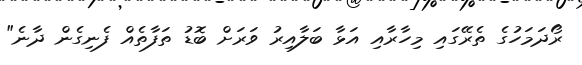
ރޯދަމަހުގެ ތެރޭގައި މިހާރާއި އަޅާ ބަލާއިރު ވަރަށް ބޮޑު ތަފާތެއް ފެނިގެން ދާނެ"